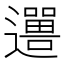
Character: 𬩨